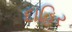
દાહિર